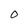
Character: 0